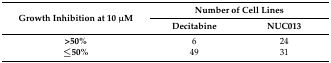
| <ROWSPAN=2> Growth Inhibition at 10 μM | <COLSPAN=2> Number of Cell Lines |
 | Decitabine | NUC013 |
 | --- | --- | --- |
 | >50% | 6 | 24 |
 | ≤50% | 49 | 31 |